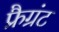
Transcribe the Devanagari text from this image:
फ्रैग्रंट